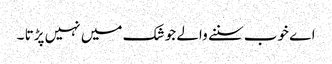
اے خوب سننے والے جو شک میں نہیں پڑتا ۔